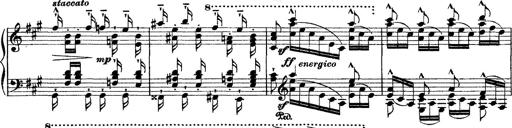
Title: Grande fantasie di bravura sur La clochette
Composer: Franz Liszt
Key: A minor